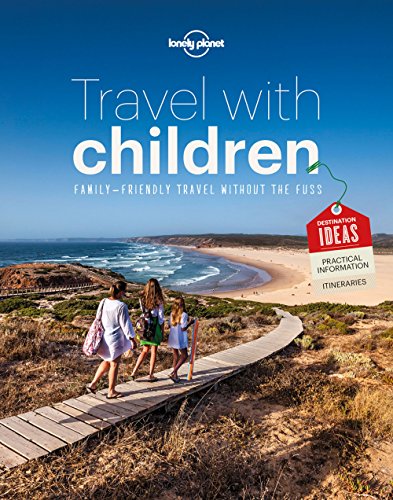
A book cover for Travel with Children: The Essential Guide for Travelling Families (General Reference); Lonely Planet; Travel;